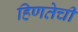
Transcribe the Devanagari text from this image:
हिणतेची